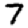
Digit: 7